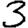
Digit: 3